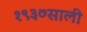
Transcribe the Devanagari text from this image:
१९३७साली